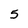
Character: 5